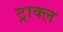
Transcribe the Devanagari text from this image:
ट्राक्ल